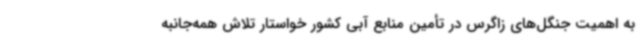
به اهمیت جنگل‌های زاگرس در تأمین منابع آبی کشور خواستار تلاش همه‌جانبه